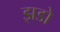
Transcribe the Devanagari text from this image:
झडो